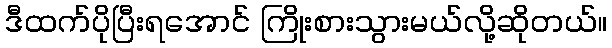
ဒီထက်ပိုပြီးရအောင် ကြိုးစားသွားမယ်လို့ဆိုတယ်။